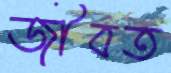
জীবত